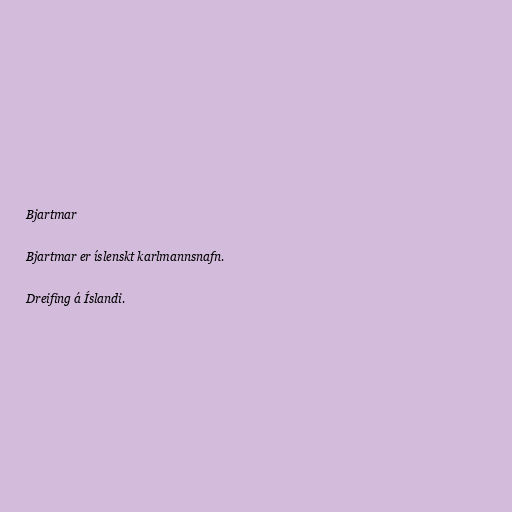
Bjartmar

Bjartmar er íslenskt karlmannsnafn.

Dreifing á Íslandi.